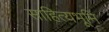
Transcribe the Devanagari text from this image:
साहित्यभूमि